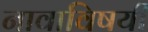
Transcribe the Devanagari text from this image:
नावाविषयी